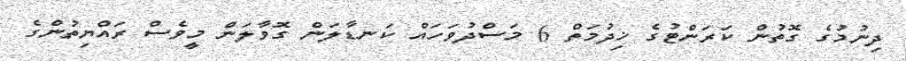
ދިނުމުގެ ގޮތުން ކަރަންޓުގެ ޚިދުމަތް 6 މަސްދުވަހައް ކަނޑާލަން ގޮވާލަން މީވެސް ރައްޔިތުންގެ